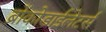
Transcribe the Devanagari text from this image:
ब्रोंकोडाईलेटर्स